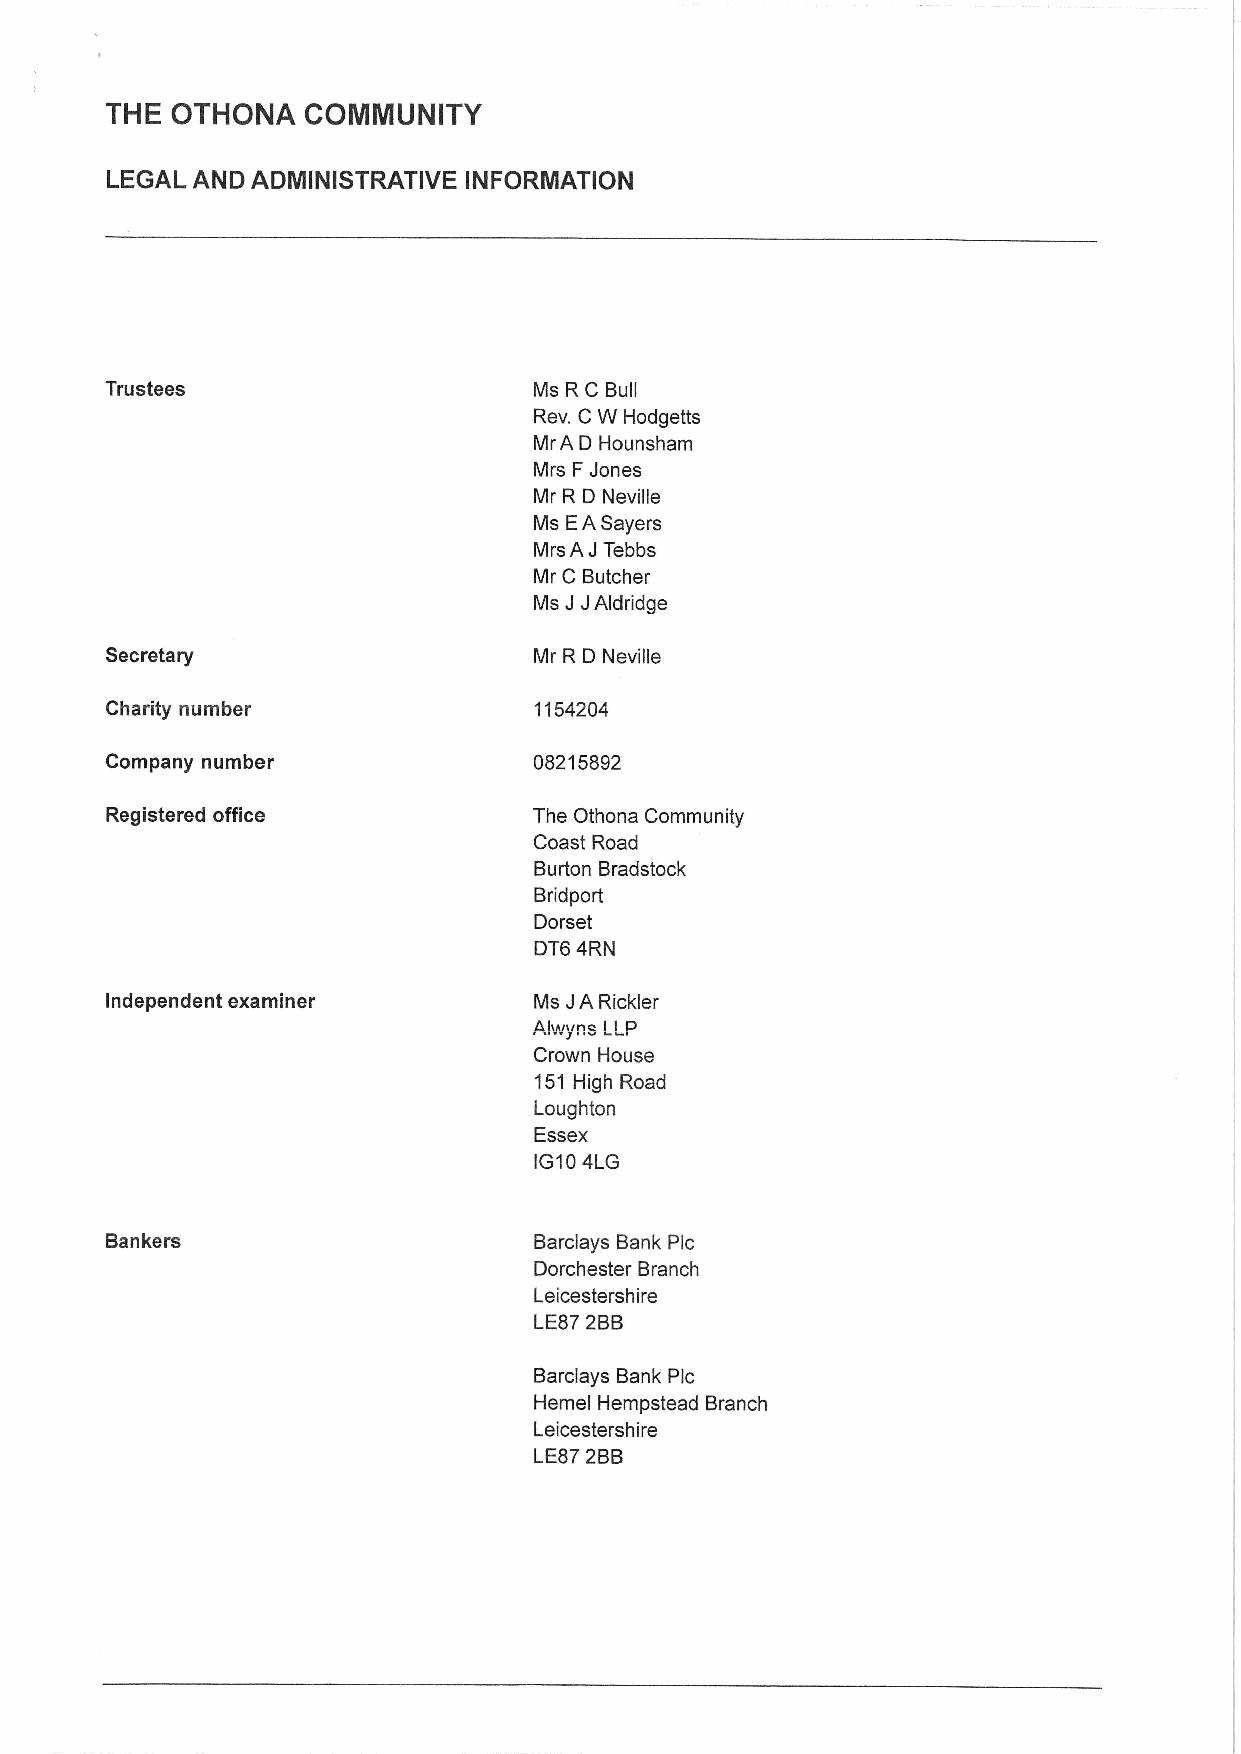
THE OTHONA   COMMUNITY
 LEGAL AND ADMINISTRATIVE INFORMATION
 Trustees                    Ms RC Bull
 Rev. CW Hodgetts
 MrA D Hounsham
 Mrs FJones
 Mr R D Neville
 Ms EASayers
 Mrs AJTebbs
 Mr C Butcher
 Ms JJ Aldridge
 Secretary                   Mr R D Neville
 Charity number              1154204
 Company number              08215892
 Registered office           The Othona Community
 Coast Road
 Burton Bradstock
 Bridport
 Dorset
 DT6 4RN
 Independent examiner        Ms JARickler
 Alwyns LLP
 Crown House
 151High Road
 Loughton
 Essex
 IG104LG
 Bankers                     Barclays Bank Pic
 Dorchester Branch
 Leicestershire
 LE872BB
 Barclays Bank Pic
 Hemel Hempstead Branch
 Leicestershire
 LE872BB